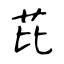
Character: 芘